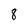
Character: 8